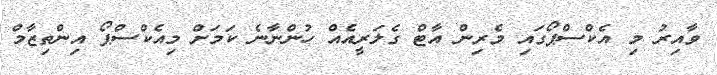
ވާއިރު މި އެކްސްޕޯގައި މެރިން އާޓް ގެލަރީއެއް ހުންނާނެ ކަމަށް މިއެކްސްޕޯ އިންތިޒާމް